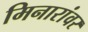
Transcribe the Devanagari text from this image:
मिनारांवर